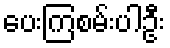
ပေးကြစမ်းပါဦး